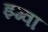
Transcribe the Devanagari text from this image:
झ्ग्वा